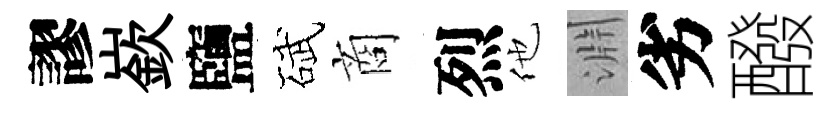
謬嶔鹽碔商烈他淵劣醱